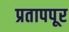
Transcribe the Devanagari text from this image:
प्रतापपूर